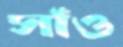
সাঁও